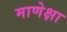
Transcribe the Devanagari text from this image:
माणेक्षा